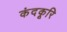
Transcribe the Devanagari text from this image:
कंदकूरि